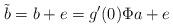
LaTeX: \begin{align*}\tilde b=b+e=g'(0)\Phi a+e\end{align*}